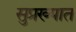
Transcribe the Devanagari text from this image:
सुप्रख्यात